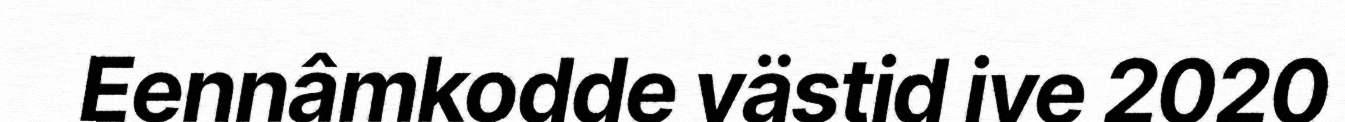
Eennâmkodde västid ive 2020